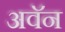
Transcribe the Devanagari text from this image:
अवॅन